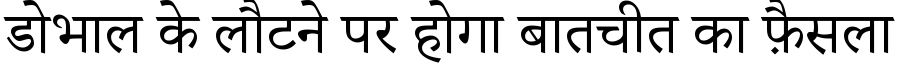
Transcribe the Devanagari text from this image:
डोभाल के लौटने पर होगा बातचीत का फ़ैसला